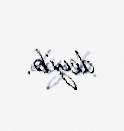
deyib.